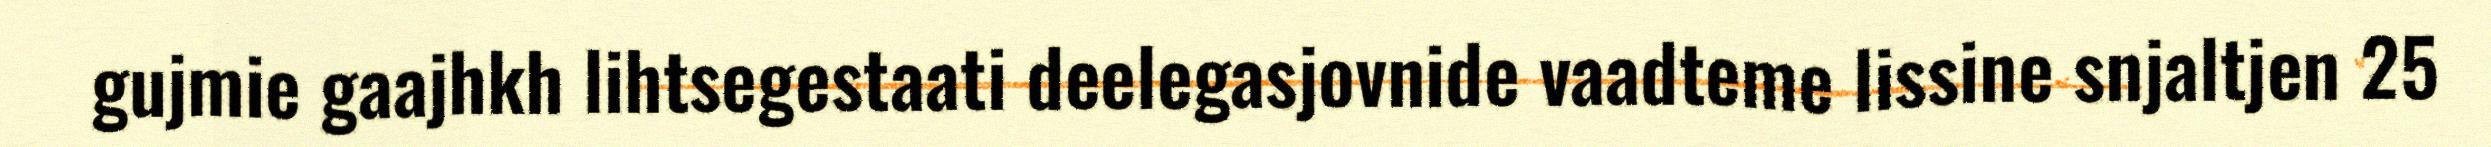
gujmie gaajhkh lihtsegestaati deelegasjovnide vaadteme lissine snjaltjen 25